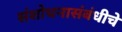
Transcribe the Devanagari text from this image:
संशोधनासंबंधीचे